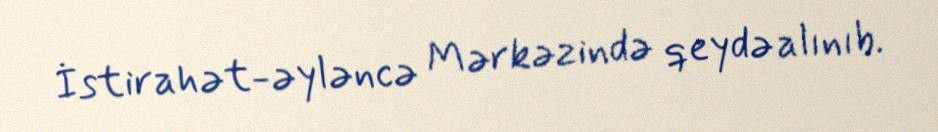
İstirahət-əyləncə Mərkəzində qeydə alınıb.